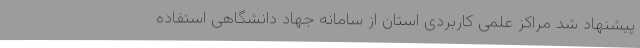
پیشنهاد شد مراکز علمی کاربردی استان از سامانه جهاد دانشگاهی استفاده